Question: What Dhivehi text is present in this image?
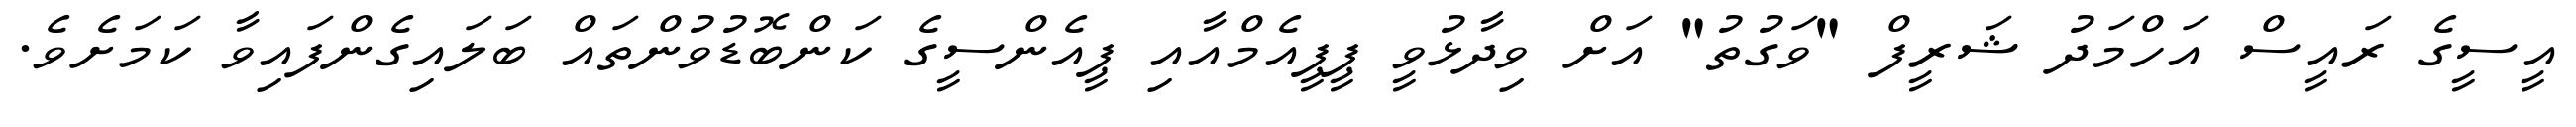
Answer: އީސީގެ ރައީސް އަހްމަދު ޝަރީފް "ވަގުތު" އަށް ވިދާޅުވީ ޕީޕީއެމްއާއި ޕީއެންސީގެ ކަންބޮޑުވުންތައް ބަލައިގެންފައިވާ ކަމަށެވެ.